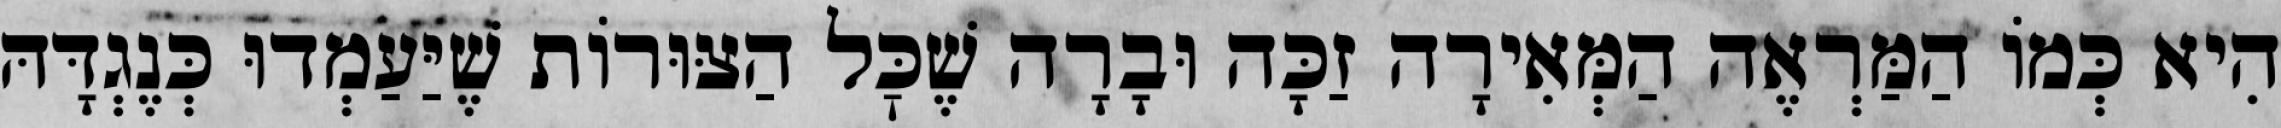
הִיא כְּמוֹ הַמַּרְאֶה הַמְּאִירָה זַכָּה וּבָרָה שֶׁכׇּל הַצּוּרוֹת שֶׁיַּעַמְדוּ כְּנֶגְדָּהּ